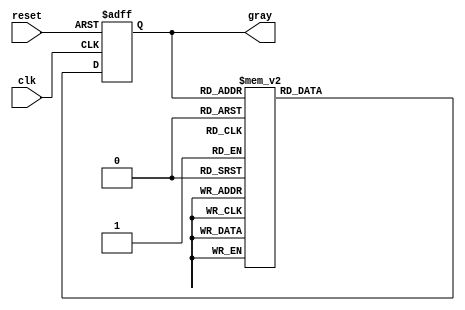
module gray_code_async_counter (
    input wire clk,          // Clock input
    input wire reset,        // Asynchronous reset input
    output reg [2:0] gray    // 3-bit Gray code output
);

// State transition logic for Gray code
always @ (posedge clk or posedge reset) begin
    if (reset) begin
        // Initialize to 000 (Gray code for 0)
        gray <= 3'b000;
    end else begin
        // Transition to the next Gray code state
        case (gray)
            3'b000: gray <= 3'b001; // 0 -> 1
            3'b001: gray <= 3'b011; // 1 -> 2
            3'b011: gray <= 3'b010; // 2 -> 3
            3'b010: gray <= 3'b110; // 3 -> 4
            3'b110: gray <= 3'b111; // 4 -> 5
            3'b111: gray <= 3'b101; // 5 -> 6
            3'b101: gray <= 3'b100; // 6 -> 7
            3'b100: gray <= 3'b000; // 7 -> 0
            default: gray <= 3'b000; // Default case (should not occur)
        endcase
    end
end

endmodule